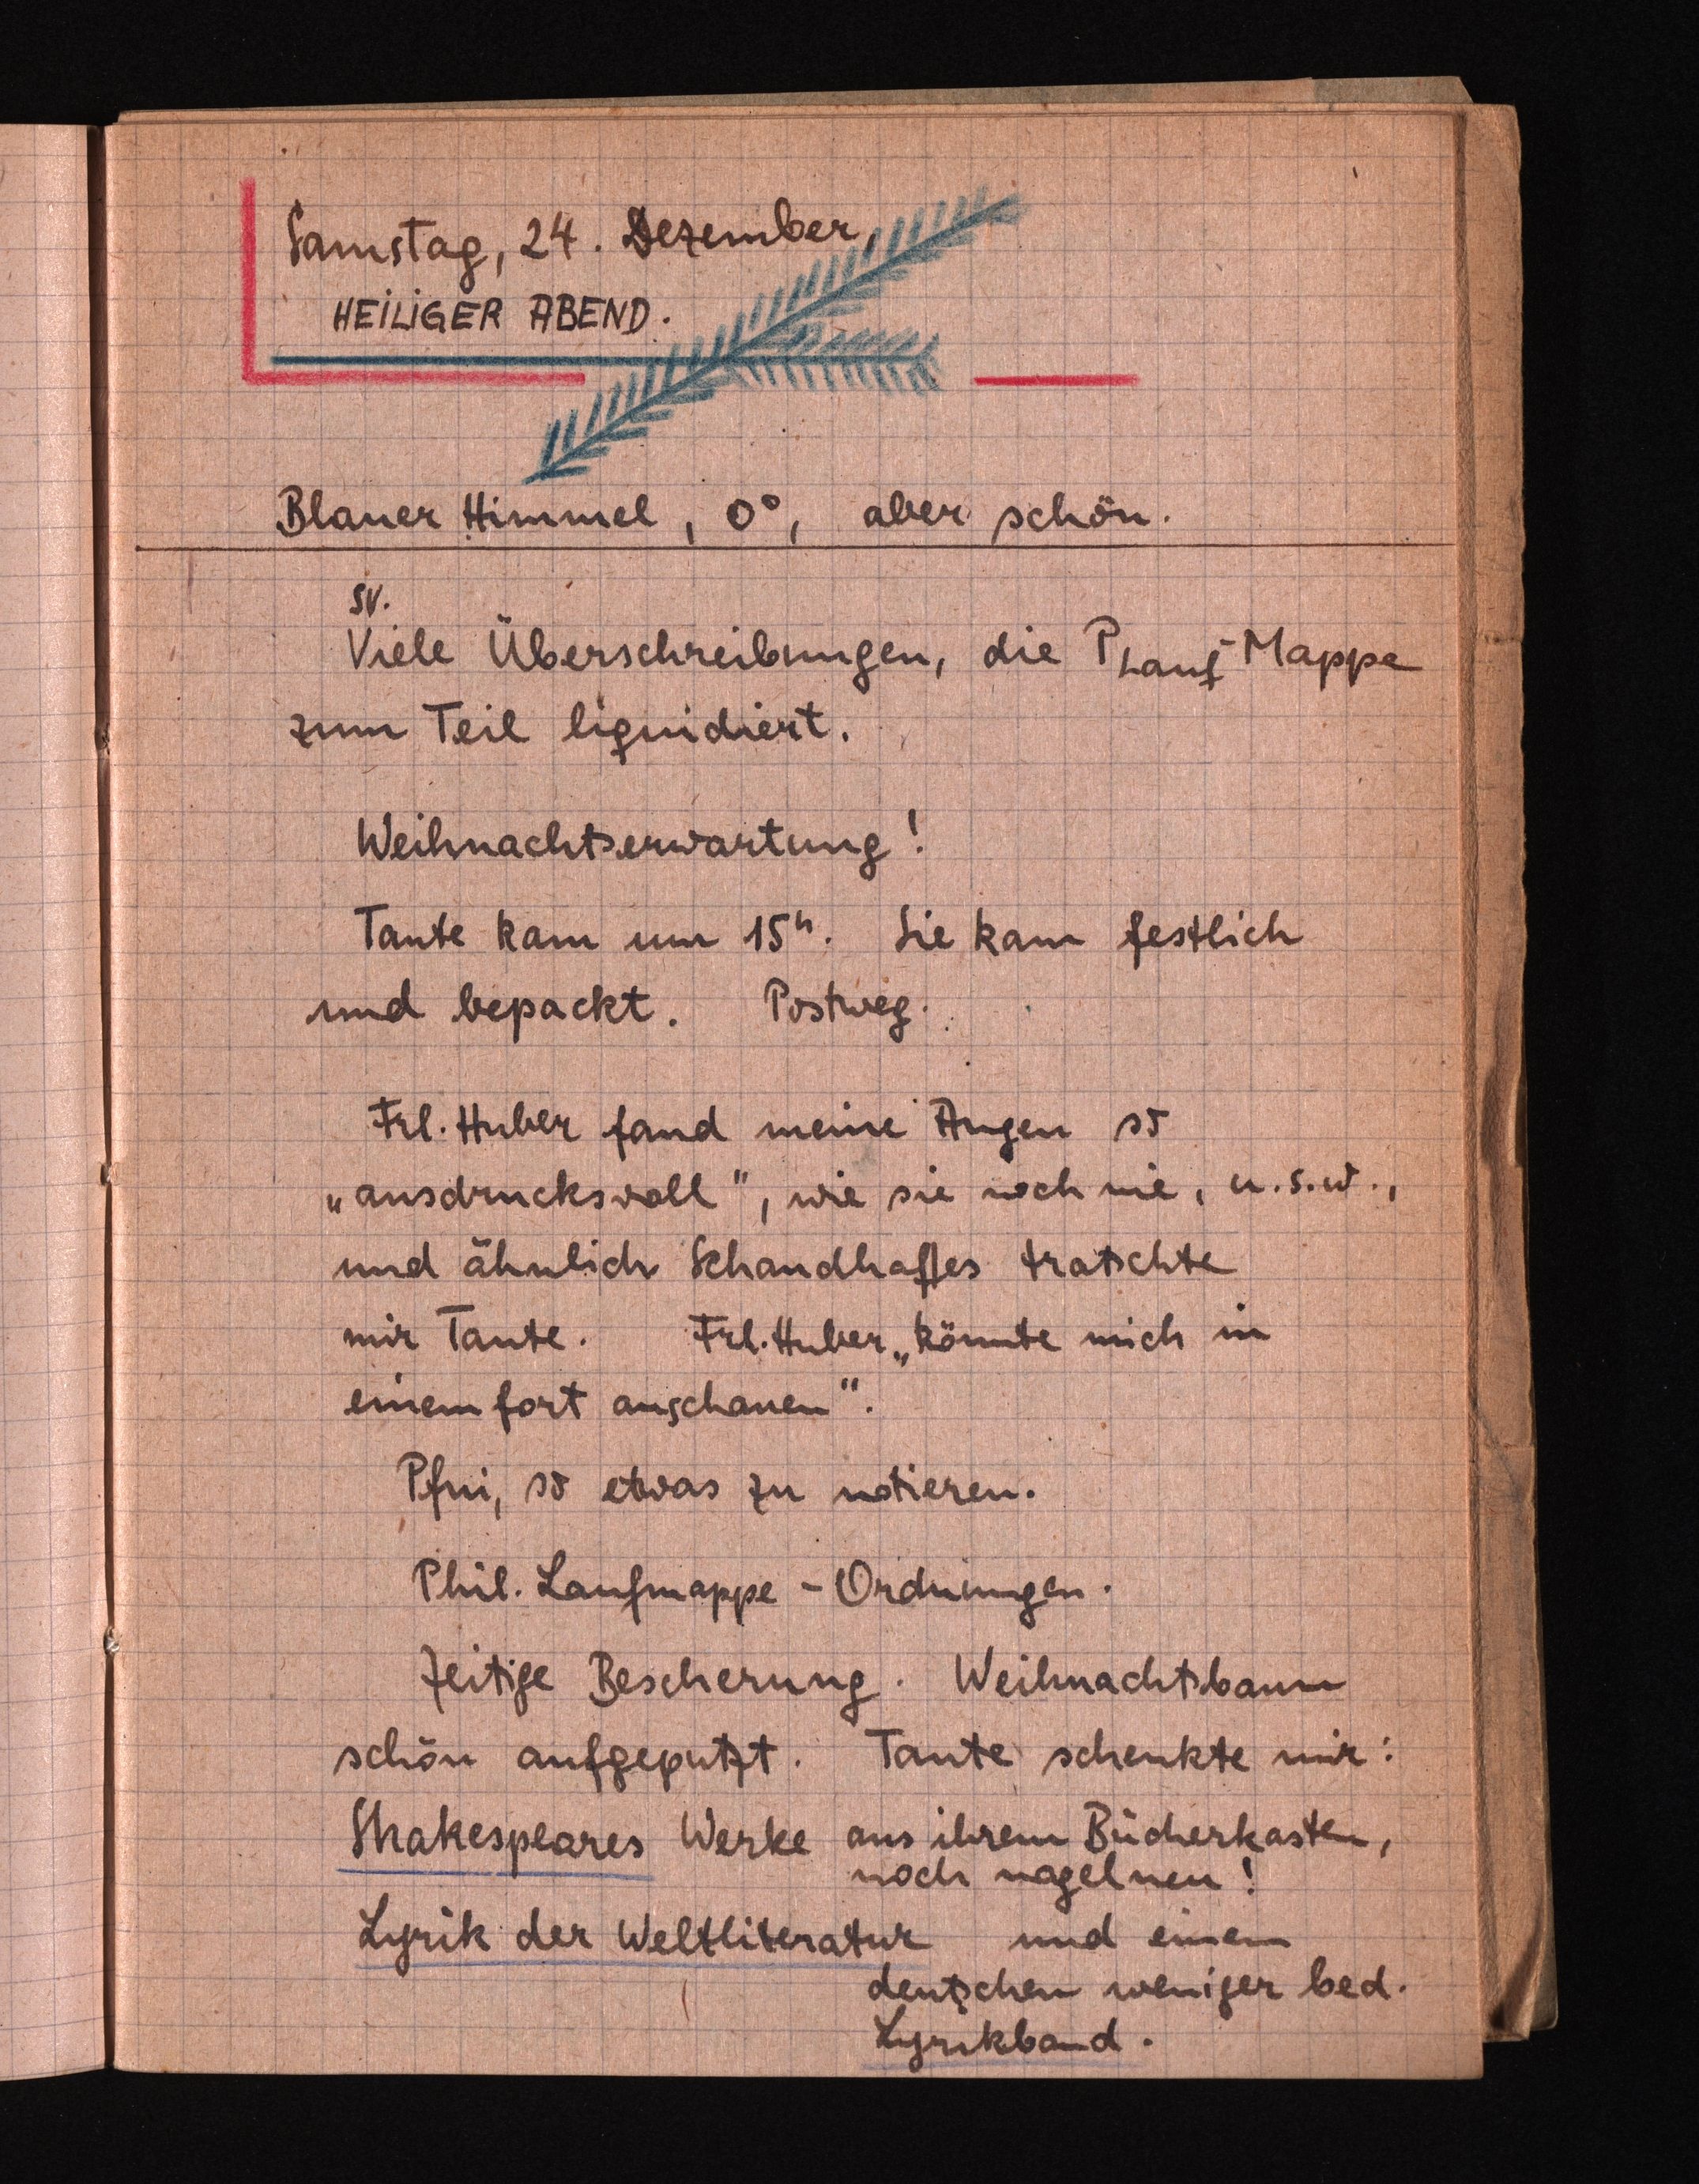
Samstag, 24.Dezember,
HEILIGER ABEND.
Blauer Himmel, 0°, aber schön.
SV.
Viele Überschreibungen, die PLauf-Mappe
zum Teilliquidiert.
Weihnachtserwartung!
Tante kam um 15h. Sie kam festlich
undbepackt. Postweg.
Frl. Huber fand meine Augen so
"ausdrucksvoll", wie sie noch nie, u.s.w.,
und ähnlich Schandhaftes tratschte
mir Tante. Frl. Huber "könnte michin
einem fort anschauen".
Pfui, so etwas zu notieren.
Phil. Laufmappe - Ordnungen.
Zeitige Bescherung. Weihnachtsbaum
schön aufgeputzt. Tante schenkte mir:
Shakespeares Werke aus ihrem Bücherkasten,
noch nagelneu!
Lyrik der Weltliteratur und einen
deutschen weniger bed.
Lyrikband.